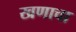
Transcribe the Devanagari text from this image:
खणाचा